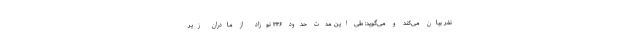
نفر بیان می‌کند و می‌گوید: طی این مدت حدود ۳۴۶ نوزاد از مادران زیر